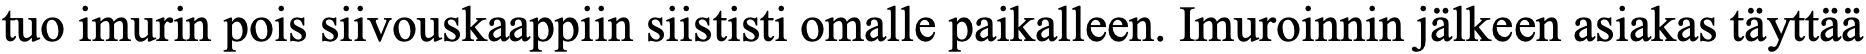
tuo imurin pois siivouskaappiin siististi omalle paikalleen. Imuroinnin jälkeen asiakas täyttää